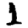
Digit: 1